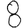
Digit: 8